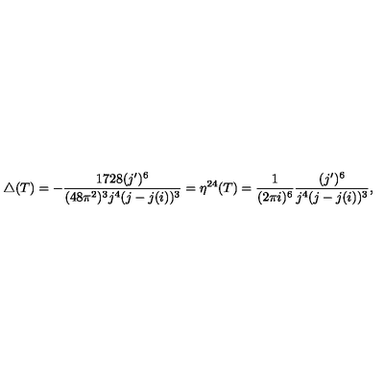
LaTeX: \triangle ( T ) = - \frac { 1 7 2 8 ( j ^ { \prime } ) ^ { 6 } } { ( 4 8 \pi ^ { 2 } ) ^ { 3 } j ^ { 4 } ( j - j ( i ) ) ^ { 3 } } = \eta ^ { 2 4 } ( T ) = \frac { 1 } { ( 2 \pi i ) ^ { 6 } } \frac { ( j ^ { \prime } ) ^ { 6 } } { j ^ { 4 } ( j - j ( i ) ) ^ { 3 } } ,